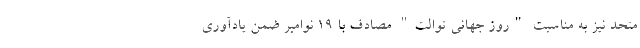
متحد نیز به مناسبت "روز جهانی توالت" مصادف با ۱۹ نوامبر ضمن یادآوری